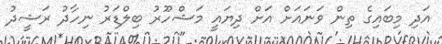
އަދި މިބައިގެ ތިން ވަނައަށް އަށް ދިޔައީ މަޝްހޫރު ބިލްޑަރު ނިހާދު ރަޝީދު